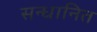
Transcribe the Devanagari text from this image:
सन्धानित